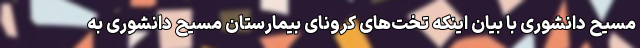
مسیح دانشوری با بیان اینکه تخت‌های کرونای بیمارستان مسیح دانشوری به